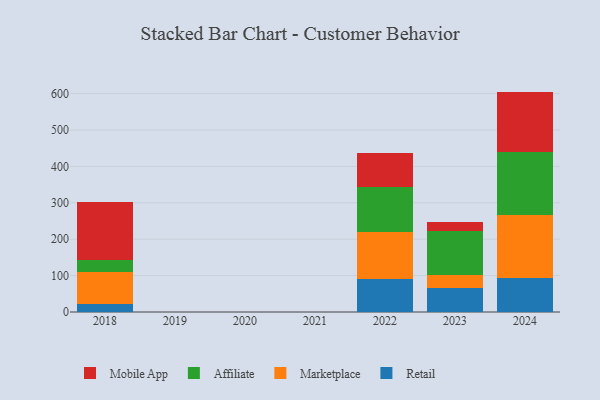
{"axis": {"x": "Year", "y": "Humidity (%)"}, "legend": ["Affiliate", "Marketplace", "Mobile App", "Retail"], "data": [{"x": "2023", "y": 66.3, "type": "Retail"}, {"x": "2023", "y": 34.3, "type": "Marketplace"}, {"x": "2023", "y": 121.6, "type": "Affiliate"}, {"x": "2023", "y": 23.8, "type": "Mobile App"}, {"x": "2022", "y": 90.4, "type": "Retail"}, {"x": "2022", "y": 128.4, "type": "Marketplace"}, {"x": "2022", "y": 125.1, "type": "Affiliate"}, {"x": "2022", "y": 92.1, "type": "Mobile App"}, {"x": "2024", "y": 93.3, "type": "Retail"}, {"x": "2024", "y": 174.5, "type": "Marketplace"}, {"x": "2024", "y": 173.0, "type": "Affiliate"}, {"x": "2024", "y": 164.6, "type": "Mobile App"}, {"x": "2018", "y": 21.7, "type": "Retail"}, {"x": "2018", "y": 87.8, "type": "Marketplace"}, {"x": "2018", "y": 32.5, "type": "Affiliate"}, {"x": "2018", "y": 161.1, "type": "Mobile App"}]}